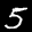
Label: 5